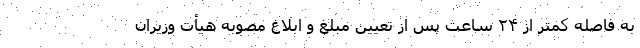
به فاصله کمتر از ۲۴ ساعت پس از تعیین مبلغ و ابلاغ مصوبه هیأت وزیران